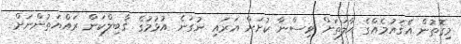
މިގޮތުން އެޤައުމެއްގެ ޙާލަތަށް ވިސްނާ ކުށަށް އަރައި ނުގަނެ އުޅުމުގެ ޤާބިލްކަން ރައްޔަތުންނަށް